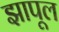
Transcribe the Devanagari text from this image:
झापूल